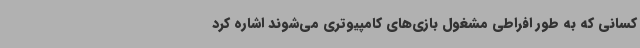
کسانی که به طور افراطی مشغول بازی‌های کامپیوتری می‌شوند اشاره کرد